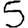
Digit: 5